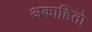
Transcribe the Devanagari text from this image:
अकाहितो